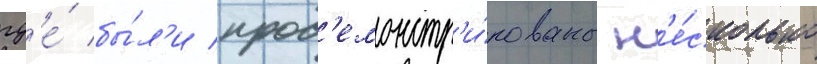
гд'е́ бы́л'и прод'емонстр'и́рованы н'е́сколько